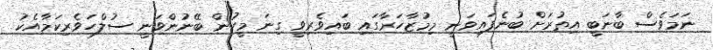
ނަމަވެސް ބާނަބީ އިތުރަށް ބުނެފައިވަނީ މިމުޒާހަރާގައި ބައިވެރިވީ ގިނަ މީހުން ބޭނުންވަނީ ސުލްހަވެރިކަމާއެކު